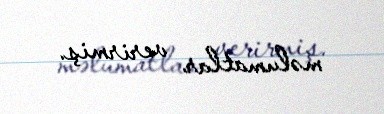
məlumatlar verirmiş.